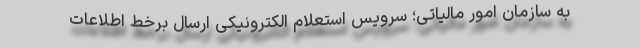
به سازمان امور مالیاتی؛ سرویس استعلام الکترونیکی ارسال برخط اطلاعات